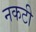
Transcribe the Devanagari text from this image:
नकटी